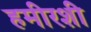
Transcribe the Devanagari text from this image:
हमीरशी